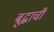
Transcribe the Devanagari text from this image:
बूद्धाची